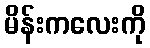
မိန်းကလေးကို